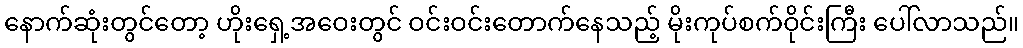
နောက်ဆုံးတွင်တော့ ဟိုးရှေ့အဝေးတွင် ဝင်းဝင်းတောက်နေသည့် မိုးကုပ်စက်ဝိုင်းကြီး ပေါ်လာသည်။